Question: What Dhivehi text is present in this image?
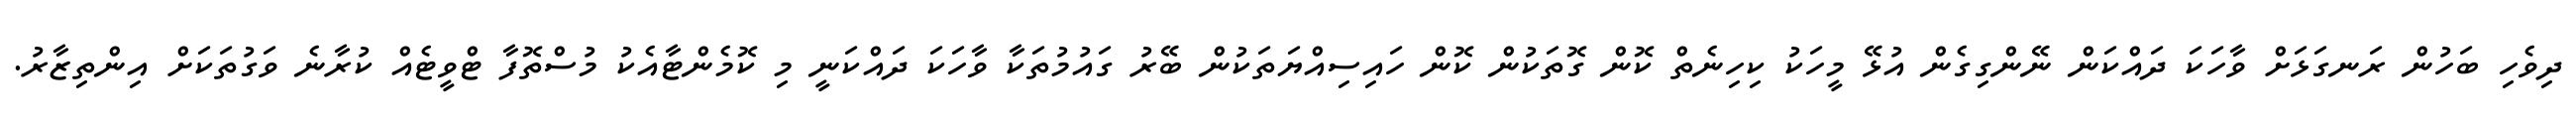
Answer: ދިވެހި ބަހުން ރަނގަޅަށް ވާހަކަ ދައްކަން ނޭންގިގެން އުޅޭ މީހަކު ކިހިނެތް ކޮން ގޮތަކުން ކޮން ހައިސިއްޔަތަކުން ބޭރު ގައުމުތަކާ ވާހަކަ ދައްކަނީ މި ކޮމެންޓާއެކު މުސްތޮފާ ޓްވީޓެއް ކުރާނެ ވަގުތަކަށް އިންތިޒާރު.